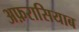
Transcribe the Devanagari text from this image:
अफ़रासियाब